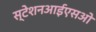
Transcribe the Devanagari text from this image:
स्टेशनआईएसओ